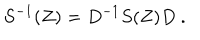
S ^ { - 1 } ( Z ) = D ^ { - 1 } S ( Z ) D \ .